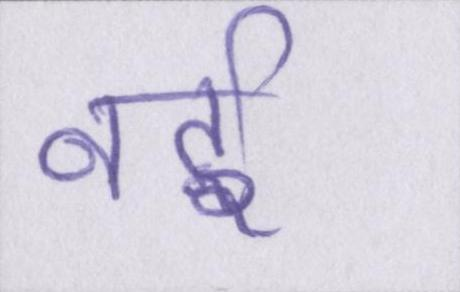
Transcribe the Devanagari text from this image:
नई